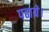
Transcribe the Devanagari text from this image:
पढाये।